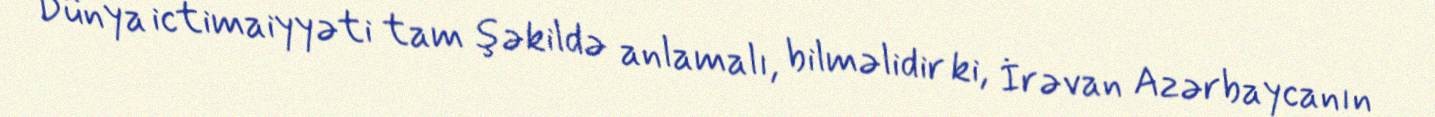
Dünya ictimaiyyəti tam şəkildə anlamalı, bilməlidir ki, İrəvan Azərbaycanın